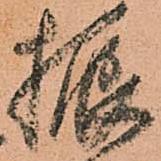
振